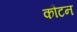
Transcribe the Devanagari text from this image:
कौटन